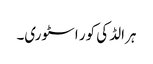
ہرالڈ کی کور اسٹوری۔